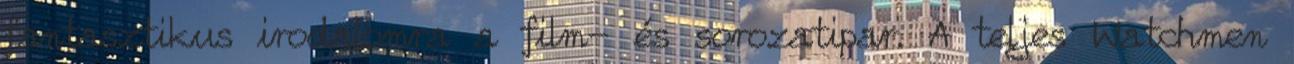
fantasztikus irodalomra a film- és sorozatipar. A teljes Watchmen